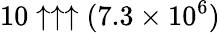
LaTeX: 10\uparrow\uparrow\uparrow(7.3\times 10^{6})